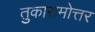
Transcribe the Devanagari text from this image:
तुकारामोत्तर